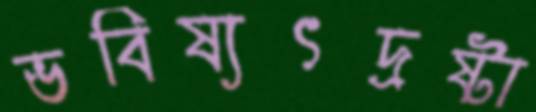
ভবিষ্যৎদ্রষ্টা